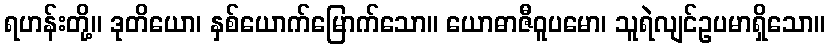
ရဟန်းတို့။ ဒုတိယော၊ နှစ်ယောက်မြောက်သော။ ယောဓာဇီဝူပမော၊ သူရဲလျင်ဥပမာရှိသော။